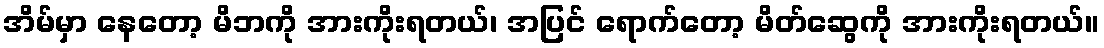
အိမ်မှာ နေတော့ မိဘကို အားကိုးရတယ်၊ အပြင် ရောက်တော့ မိတ်ဆွေကို အားကိုးရတယ်။